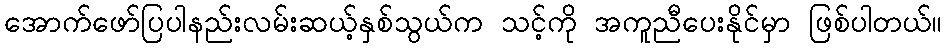
အောက်ဖော်ပြပါနည်းလမ်းဆယ့်နှစ်သွယ်က သင့်ကို အကူညီပေးနိုင်မှာ ဖြစ်ပါတယ်။